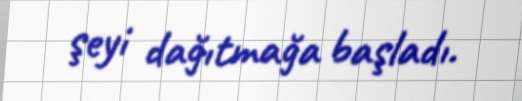
şeyi dağıtmağa başladı.